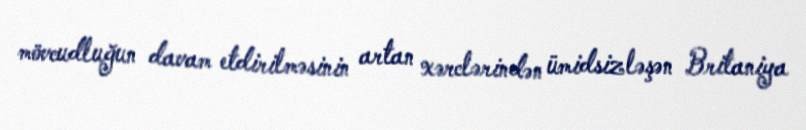
mövcudluğun davam etdirilməsinin artan xərclərindən ümidsizləşən Britaniya